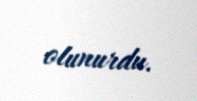
olunurdu.